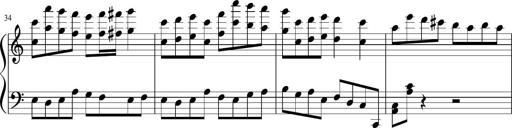
Title: Sonatine Nr.1 in C-Dur
Composer: DÃ©sirÃ©e Manns
Key: C major